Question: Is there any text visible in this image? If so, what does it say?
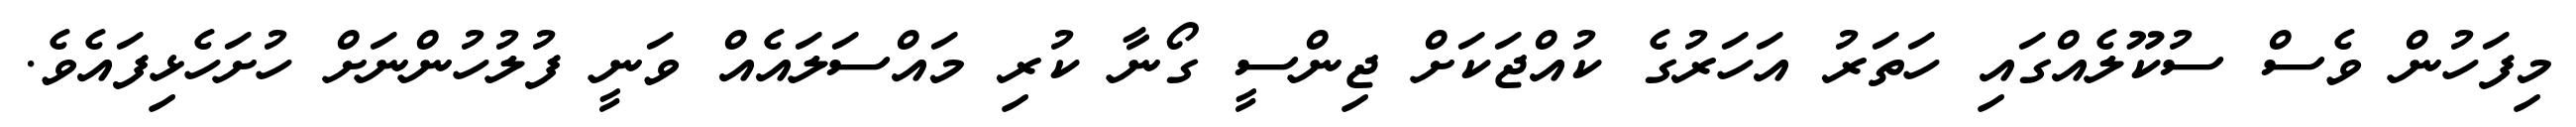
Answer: މިފަހުން ވެސް ސުކޫލެއްގައި ހަތަރު އަހަރުގެ ކުއްޖަކަށް ޖިންސީ ގޯނާ ކުރި މައްސަލައެއް ވަނީ ފުލުހުންނަށް ހުށަހެޅިފައެވެ.